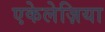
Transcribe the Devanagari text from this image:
एकेलेज़िया